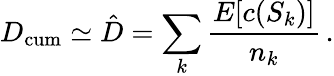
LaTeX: D_{\mathrm{cum}}\simeq\hat{D}=\sum_{k}\frac{E[c(S_{k})]}{n_{k}}\, .